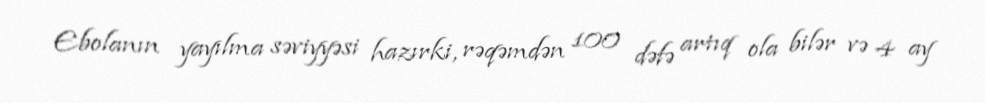
Ebolanın yayılma səviyyəsi hazırki, rəqəmdən 100 dəfə artıq ola bilər və 4 ay